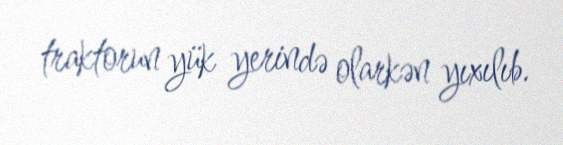
traktorun yük yerində olarkən yıxılıb.